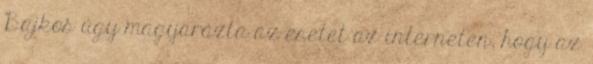
Bajkoš úgy magyarázta az esetet az interneten, hogy az